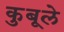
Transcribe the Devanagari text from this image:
कुबूले